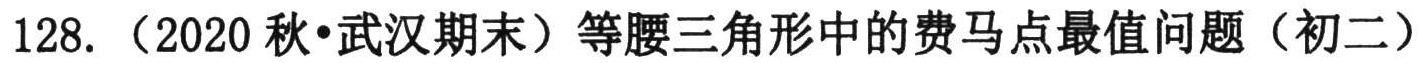
128. （2020秋•武汉期末）等腰三角形中的费马点最值问题（初二）